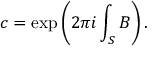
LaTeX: c = \exp \left( 2 \pi i \int _ { S } B \right) .